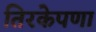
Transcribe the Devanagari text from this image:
तिरकेपणा